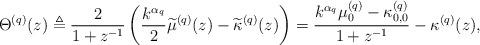
LaTeX: \begin{align*} \Theta^{(q)}(z) \triangleq \frac{2}{1+z^{-1}} \left( \frac{k^{\alpha_q}}{2}\widetilde{\mu}^{(q)}(z) - \widetilde{ \kappa}^{(q)}(z) \right) = \frac{ k^{\alpha_q}\mu_0^{(q)}- \kappa_{0,0}^{(q)}}{1+z^{-1} } - \kappa^{(q)}(z), \end{align*}